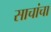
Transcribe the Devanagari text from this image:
साचांचा